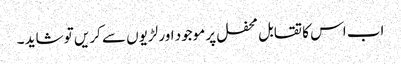
اب اس کا تقابل محفل پر موجود اور لڑیوں سے کریں تو شاید ۔